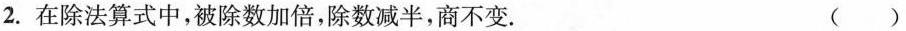
2.在除法算式中，被除数加倍，除数减半，商不变. ( )